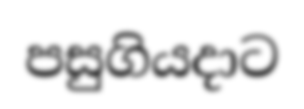
පසුගියදාට